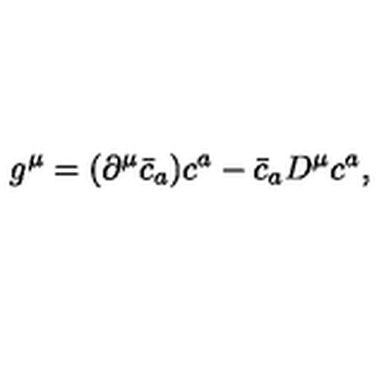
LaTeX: g ^ { \mu } = ( \partial ^ { \mu } \bar { c } _ { a } ) c ^ { a } - \bar { c } _ { a } D ^ { \mu } c ^ { a } ,